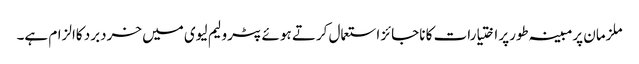
ملزمان پرمبینہ طورپر اختیارات کا ناجائز استعمال کرتے ہوئے پٹرولیم لیوی میں خردبرد کاالزام ہے۔